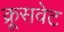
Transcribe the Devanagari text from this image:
क्रूसवेट